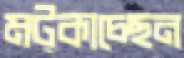
মট্‌কাচ্ছেন